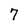
Character: 7